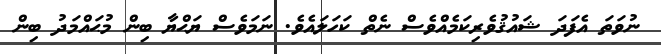
ނުވަތަ އެފަދަ ޝައުޤުވެރިކަމެއްވެސް ނެތް ކަހަލައެވެ. ނަމަވެސް ޔަޙްޔާ ބިން މުޙައްމަދު ބިން